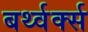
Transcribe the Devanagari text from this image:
बर्थ्वर्क्स